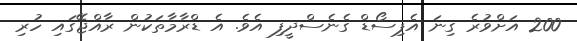
200 އަށްވުރެ ގިނަ އެޕިސޯޑް ގެނެސްދީފި އެވެ. އެ ޑްރާމާތަކުން ރާއްޖޭގައި ހުރި